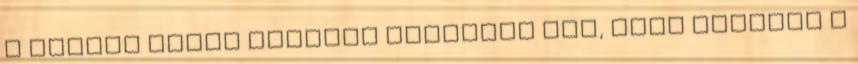
a Kallos piros lakkját mutatnám meg, szám szerint a